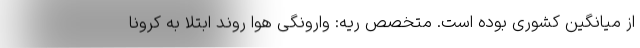
از میانگین کشوری بوده است. متخصص ریه: وارونگی هوا روند ابتلا به کرونا